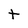
Character: t